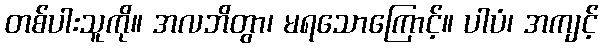
တစ်ပါးသူကို။ အလဘိတွာ၊ မရသောကြောင့်။ ပါပံ၊ အကျင့်